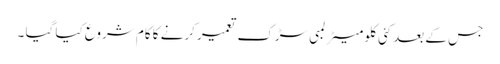
جس کے بعدکئی کلو میٹر لمبی سڑک تعمیر کرنے کا کام شروع کیا گیا ۔